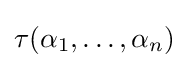
\tau (\alpha _{1},\dots ,\alpha _{n})